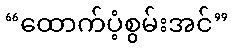
“ထောက်ပံ့စွမ်းအင်”